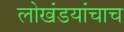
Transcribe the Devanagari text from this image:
लोखंडयांचाच